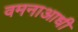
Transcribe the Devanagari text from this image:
वमनाआधी